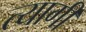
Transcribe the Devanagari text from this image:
त्‍यागी